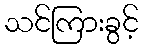
သင်ကြားခွင့်